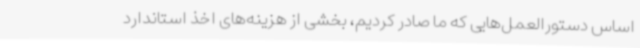
اساس دستورالعمل‌هایی که ما صادر کردیم، بخشی از هزینه‌های اخذ استاندارد